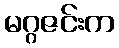
မဂ္ဂဇင်းက